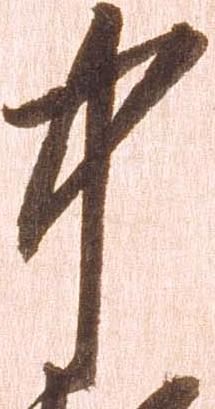
中